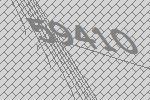
59410